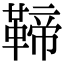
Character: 𩋣